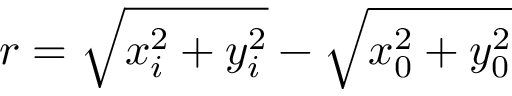
r = \sqrt { x _ { i } ^ { 2 } + y _ { i } ^ { 2 } } - \sqrt { x _ { 0 } ^ { 2 } + y _ { 0 } ^ { 2 } }